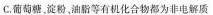
C.葡萄糖。淀粉。油脂等有机化合物都为非电解质